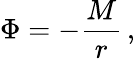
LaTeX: \Phi=-\frac{M}{r}\, ,